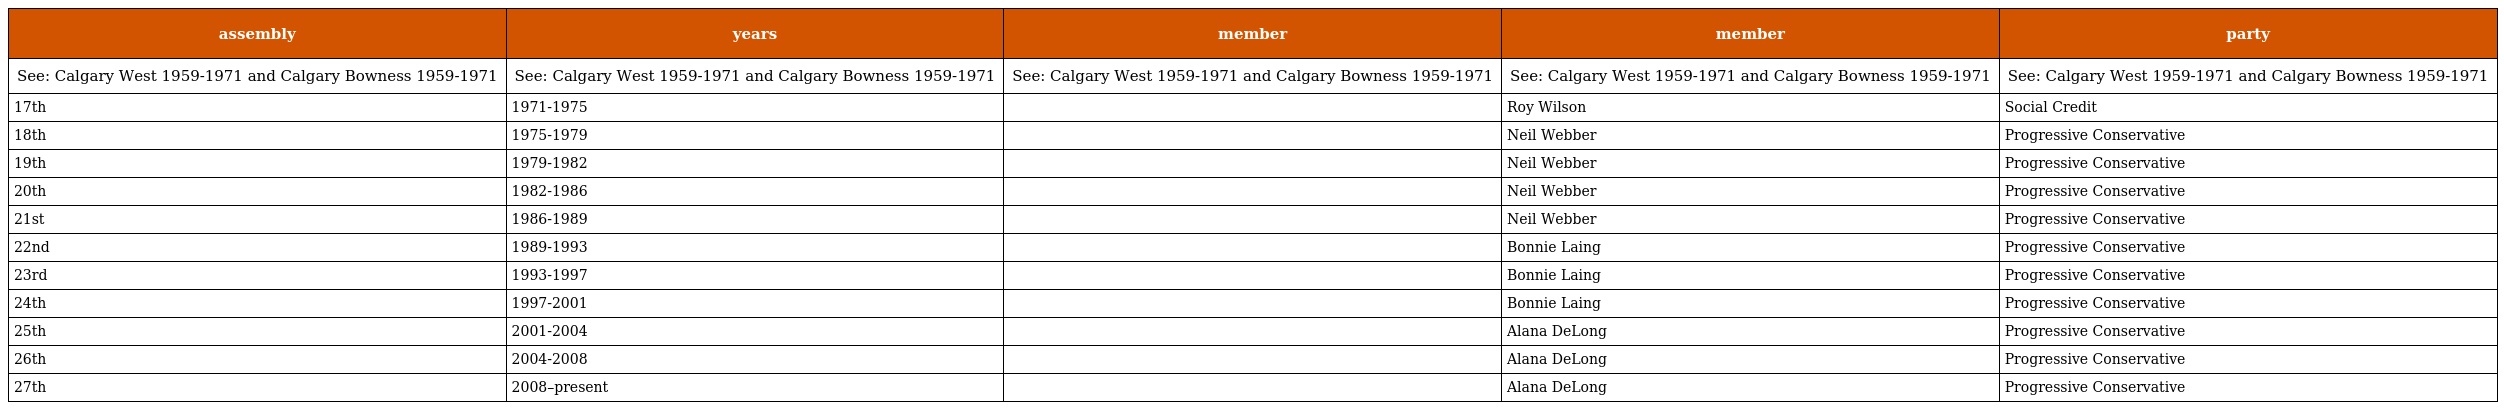
| assembly | years | member | member | party |
 | --- | --- | --- | --- | --- |
 | See: Calgary West 1959-1971 and Calgary Bowness 1959-1971 | See: Calgary West 1959-1971 and Calgary Bowness 1959-1971 | See: Calgary West 1959-1971 and Calgary Bowness 1959-1971 | See: Calgary West 1959-1971 and Calgary Bowness 1959-1971 | See: Calgary West 1959-1971 and Calgary Bowness 1959-1971 |
 | 17th | 1971-1975 |  | Roy Wilson | Social Credit |
 | 18th | 1975-1979 |  | Neil Webber | Progressive Conservative |
 | 19th | 1979-1982 |  | Neil Webber | Progressive Conservative |
 | 20th | 1982-1986 |  | Neil Webber | Progressive Conservative |
 | 21st | 1986-1989 |  | Neil Webber | Progressive Conservative |
 | 22nd | 1989-1993 |  | Bonnie Laing | Progressive Conservative |
 | 23rd | 1993-1997 |  | Bonnie Laing | Progressive Conservative |
 | 24th | 1997-2001 |  | Bonnie Laing | Progressive Conservative |
 | 25th | 2001-2004 |  | Alana DeLong | Progressive Conservative |
 | 26th | 2004-2008 |  | Alana DeLong | Progressive Conservative |
 | 27th | 2008–present |  | Alana DeLong | Progressive Conservative |